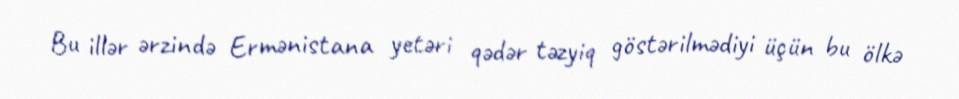
Bu illər ərzində Ermənistana yetəri qədər təzyiq göstərilmədiyi üçün bu ölkə